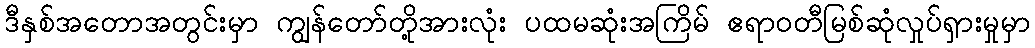
ဒီနှစ်အတောအတွင်းမှာ ကျွန်တော်တို့အားလုံး ပထမဆုံးအကြိမ် ဧရာဝတီမြစ်ဆုံလှုပ်ရှားမှုမှာ